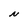
Character: N